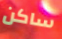
ساكن